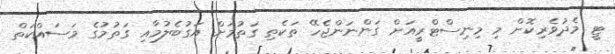
ޓީ މެދުވެރިކޮށް މި މިނިސްޓްރީއަށް ގަންނަންޖެހޭ ތަކެތި ގަތުމަށް އަގުބެލުމާއި ގަތުމުގެ މަސައްކަތް